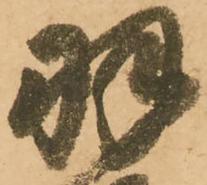
羽